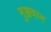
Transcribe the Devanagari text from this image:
मुञ्जवान